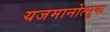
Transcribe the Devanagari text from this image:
यजमानोत्सुक